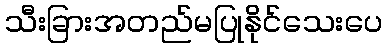
သီးခြားအတည်မပြုနိုင်သေးပေ